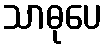
သာဓုပေ